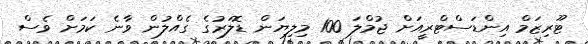
ޓޫރިޒަމް އިންޑަސްޓްރީއަށް ޖުމްލަ 100 މިލިޔަން ޑޮލަރުގެ ގެއްލުން ވާނެ ކަމަށް ވެސް